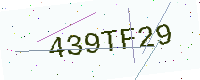
Text: 439TF29